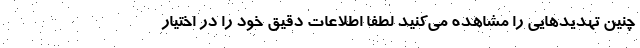
چنین تهدیدهایی را مشاهده می‌کنید لطفاً اطلاعات دقیق خود را در اختیار